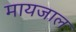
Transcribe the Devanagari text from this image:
मायजाल